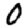
Digit: 0